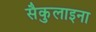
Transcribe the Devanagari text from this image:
सैकुलाइना